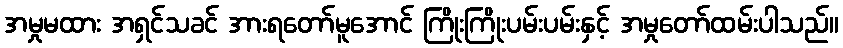
အမှုမထား အရှင်သခင် အားရတော်မူအောင် ကြိုးကြိုးပမ်းပမ်းနှင့် အမှုတော်ထမ်းပါသည်။